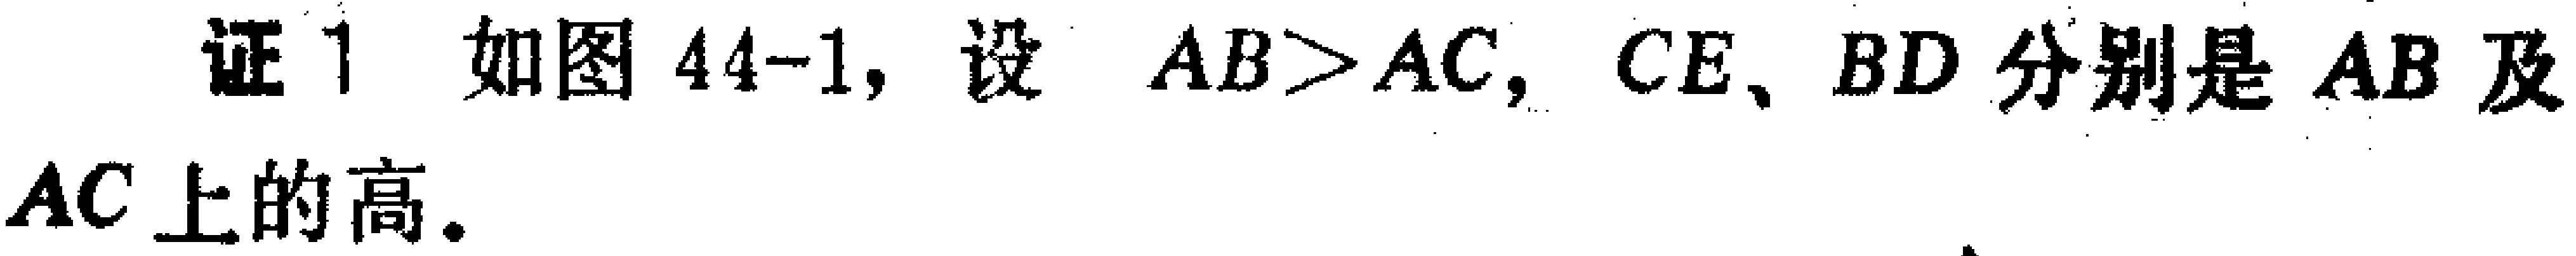
证1 如图44-1, 设 \(AB > AC\), \(CE、BD\)分别是 \(AB\)及 \(AC\)上的高.